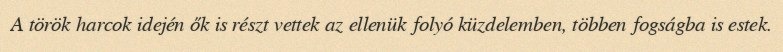
A török harcok idején ők is részt vettek az ellenük folyó küzdelemben, többen fogságba is estek.